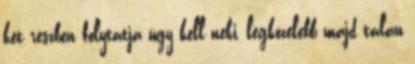
két részben folytatja úgy kell neki, legközelebb majd talán